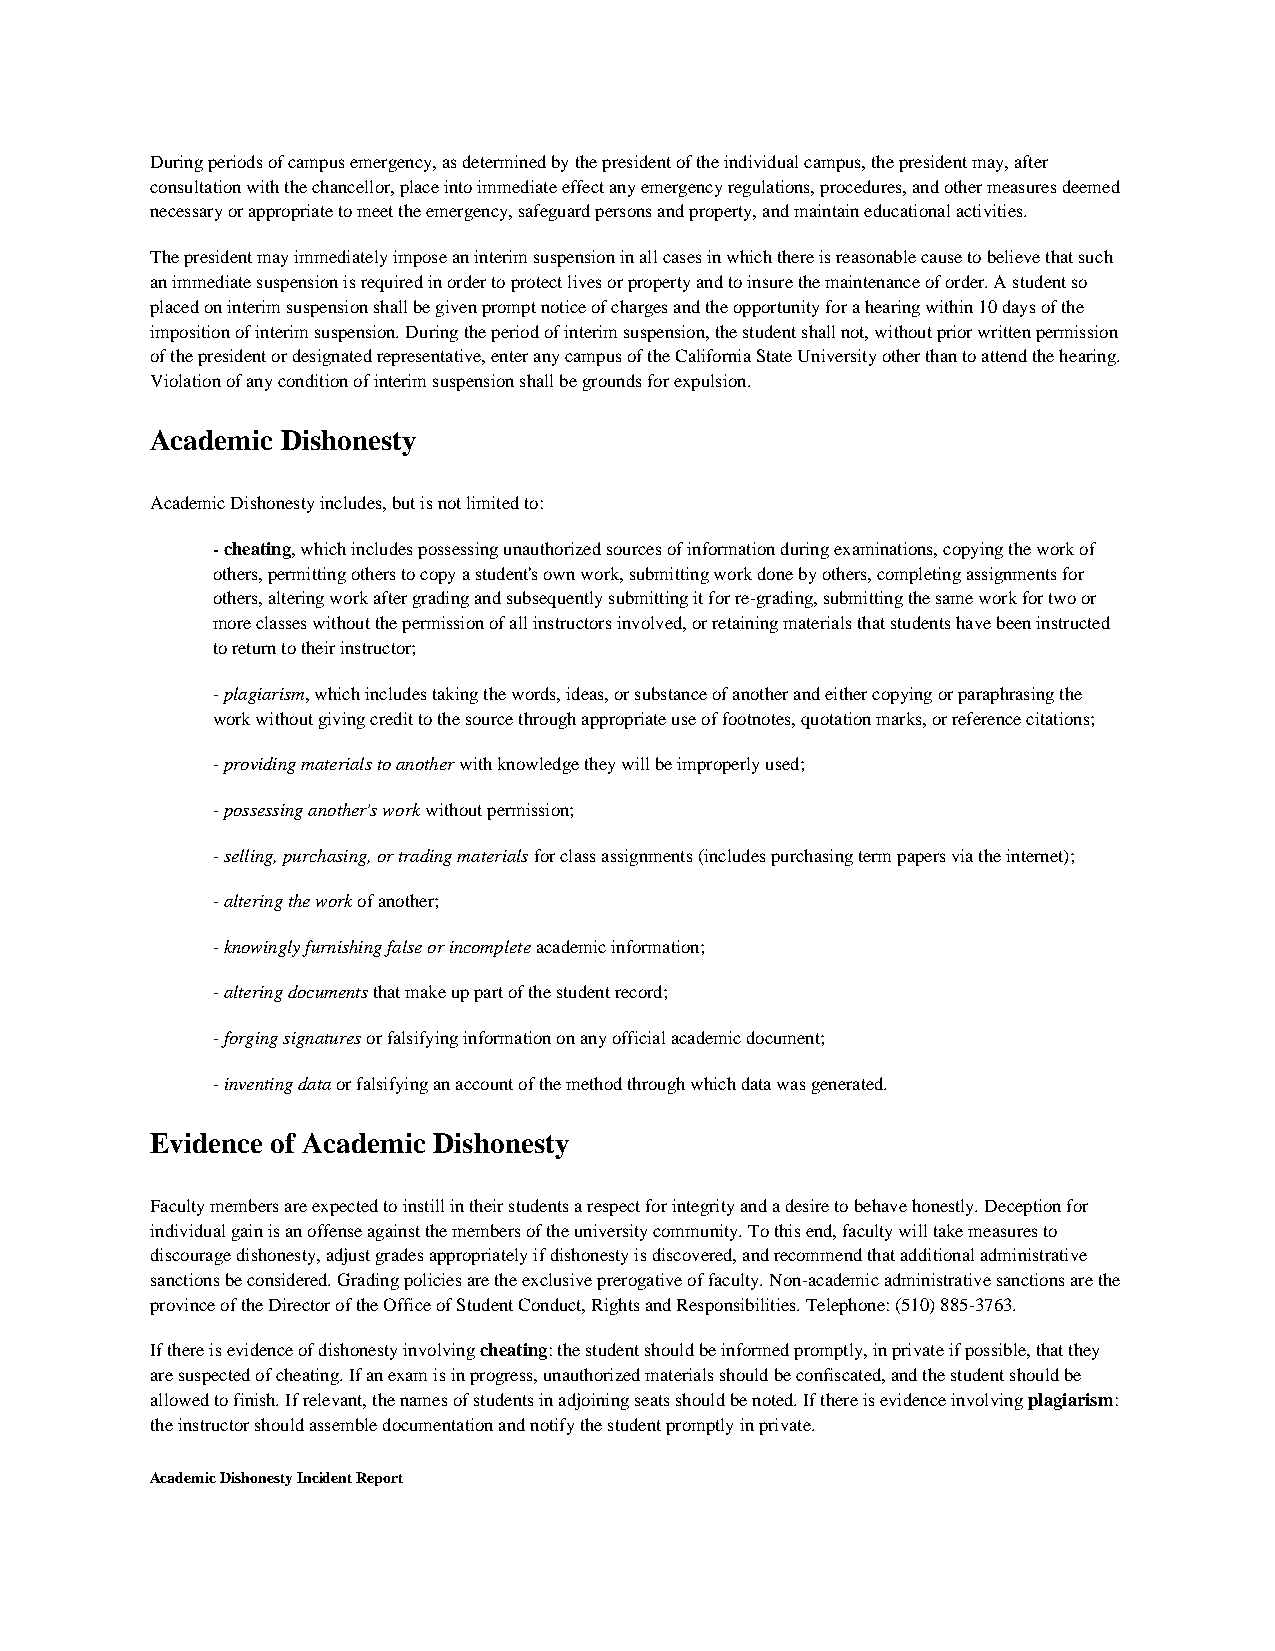
During periods of campus emergency, as determined by the president of the individual campus, the president may, after
 consultation with the chancellor, place into immediate effect any emergency regulations, procedures, and other measures deemed
 necessary or appropriate to meet the emergency, safeguard persons and property, and maintain educational activities.
 The president may immediately impose an interim suspension in all cases in which there is reasonable cause to believe that such
 an immediate suspension is required in order to protect lives or property and to insure the maintenance of order. A student so
 placed on interim suspension shall be given prompt notice of charges and the opportunity for a hearing within 10 days of the
 imposition of interim suspension. During the period of interim suspension, the student shall not, without prior written permission
 of the president or designated representative, enter any campus of the California State University other than to attend the hearing.
 Violation of any condition of interim suspension shall be grounds for expulsion.
 Academic Dishonesty
 Academic Dishonesty includes, but is not limited to:
 - cheating, which includes possessing unauthorized sources of information during examinations, copying the work of
 others, permitting others to copy a student's own work, submitting work done by others, completing assignments for
 others, altering work after grading and subsequently submitting it for re-grading, submitting the same work for two or
 more classes without the permission of all instructors involved, or retaining materials that students have been instructed
 to return to their instructor;
 - plagiarism, which includes taking the words, ideas, or substance of another and either copying or paraphrasing the
 work without giving credit to the source through appropriate use of footnotes, quotation marks, or reference citations;
 - providing materials to another with knowledge they will be improperly used;
 - possessing another's work without permission;
 - selling, purchasing, or trading materials for class assignments (includes purchasing term papers via the internet);
 - altering the work of another;
 - knowingly furnishing false or incomplete academic information;
 - altering documents that make up part of the student record;
 - forging signatures or falsifying information on any official academic document;
 - inventing data or falsifying an account of the method through which data was generated.
 Evidence of Academic Dishonesty
 Faculty members are expected to instill in their students a respect for integrity and a desire to behave honestly. Deception for
 individual gain is an offense against the members of the university community. To this end, faculty will take measures to
 discourage dishonesty, adjust grades appropriately if dishonesty is discovered, and recommend that additional administrative
 sanctions be considered. Grading policies are the exclusive prerogative of faculty. Non-academic administrative sanctions are the
 province of the Director of the Office of Student Conduct, Rights and Responsibilities. Telephone: (510) 885-3763.
 If there is evidence of dishonesty involving cheating: the student should be informed promptly, in private if possible, that they
 are suspected of cheating. If an exam is in progress, unauthorized materials should be confiscated, and the student should be
 allowed to finish. If relevant, the names of students in adjoining seats should be noted. If there is evidence involving plagiarism:
 the instructor should assemble documentation and notify the student promptly in private.
 Academic Dishonesty Incident Report